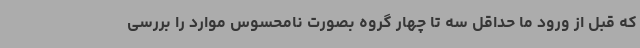
که قبل از ورود ما حداقل سه تا چهار گروه بصورت نامحسوس موارد را بررسی